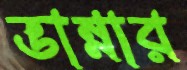
ভান্নার